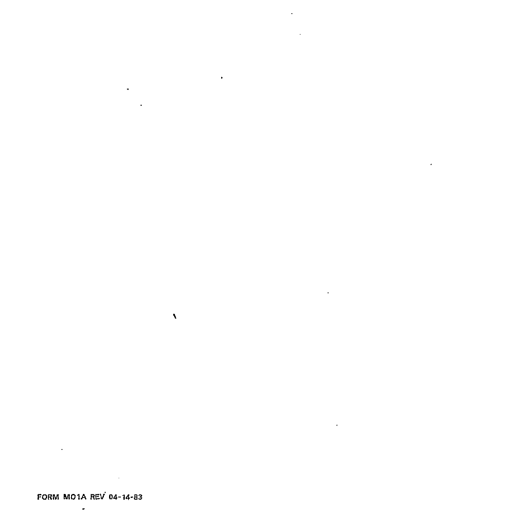
FORM MO1A REV 04-14-83